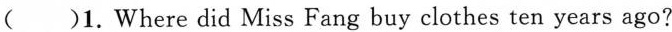
( )1.Where did Miss Fang buy clothes ten years ago?